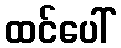
ထင်ပေါ်